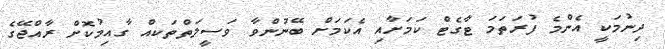
ދިނުމަކީ އެންމެ ފުރަތަމަ ޓާގެޓް ކަމަށާއި އެކަމަށް ބޭނުންވާ ވަސީލަތްތަކއް ގާއިމުކޮށް ރާއްޖޭގެ